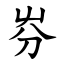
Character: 㞣